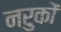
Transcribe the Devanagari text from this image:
नरुकों